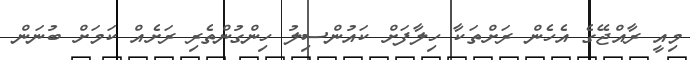
މިއީ ރާއްޖޭގެ އެހެން ރަށްތަކާ ހިލާފަށް ކައުންސިލު ހިންގުންތެރި ރަށެއް ކަމަށް ބުނަން